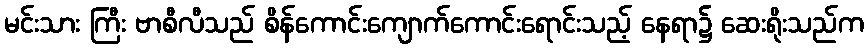
မင်းသား ကြီး ဗာစီလီသည် စိန်ကောင်းကျောက်ကောင်းရောင်းသည့် နေရာ၌ ဆေးရိုးသည်က